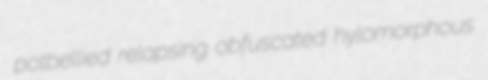
potbellied relapsing obfuscated hylomorphous